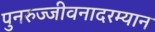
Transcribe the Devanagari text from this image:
पुनरुज्जीवनादरम्यान